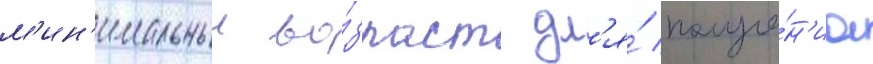
м'ин'имальныи во́зраст дл'я́ получе́н'иа